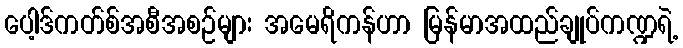
ပေါ့ဒ်ကတ်စ်အစီအစဉ်များ အမေရိကန်ဟာ မြန်မာအထည်ချုပ်ကဏ္ဍရဲ့